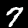
Digit: 7